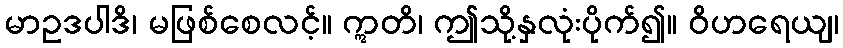
မာဥဒပါဒိ၊ မဖြစ်စေလင့်။ ဣတိ၊ ဤသို့နှလုံးပိုက်၍။ ဝိဟရေယျ၊